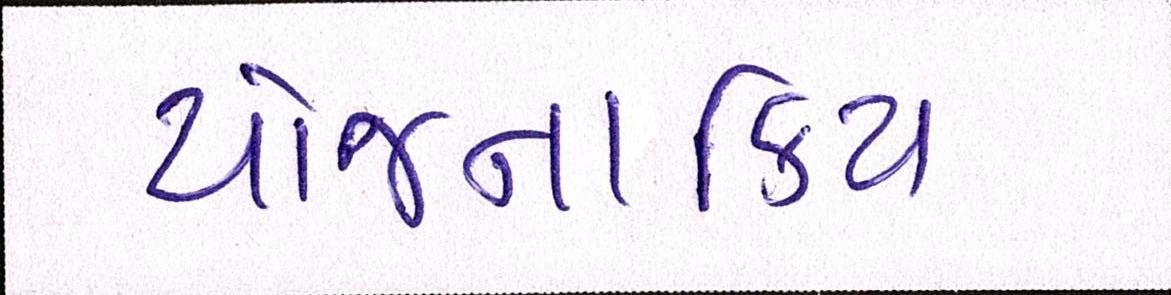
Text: યોજનાકિય